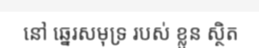
នៅ ឆ្នេរសមុទ្រ របស់ ខ្លួន ស្ថិត